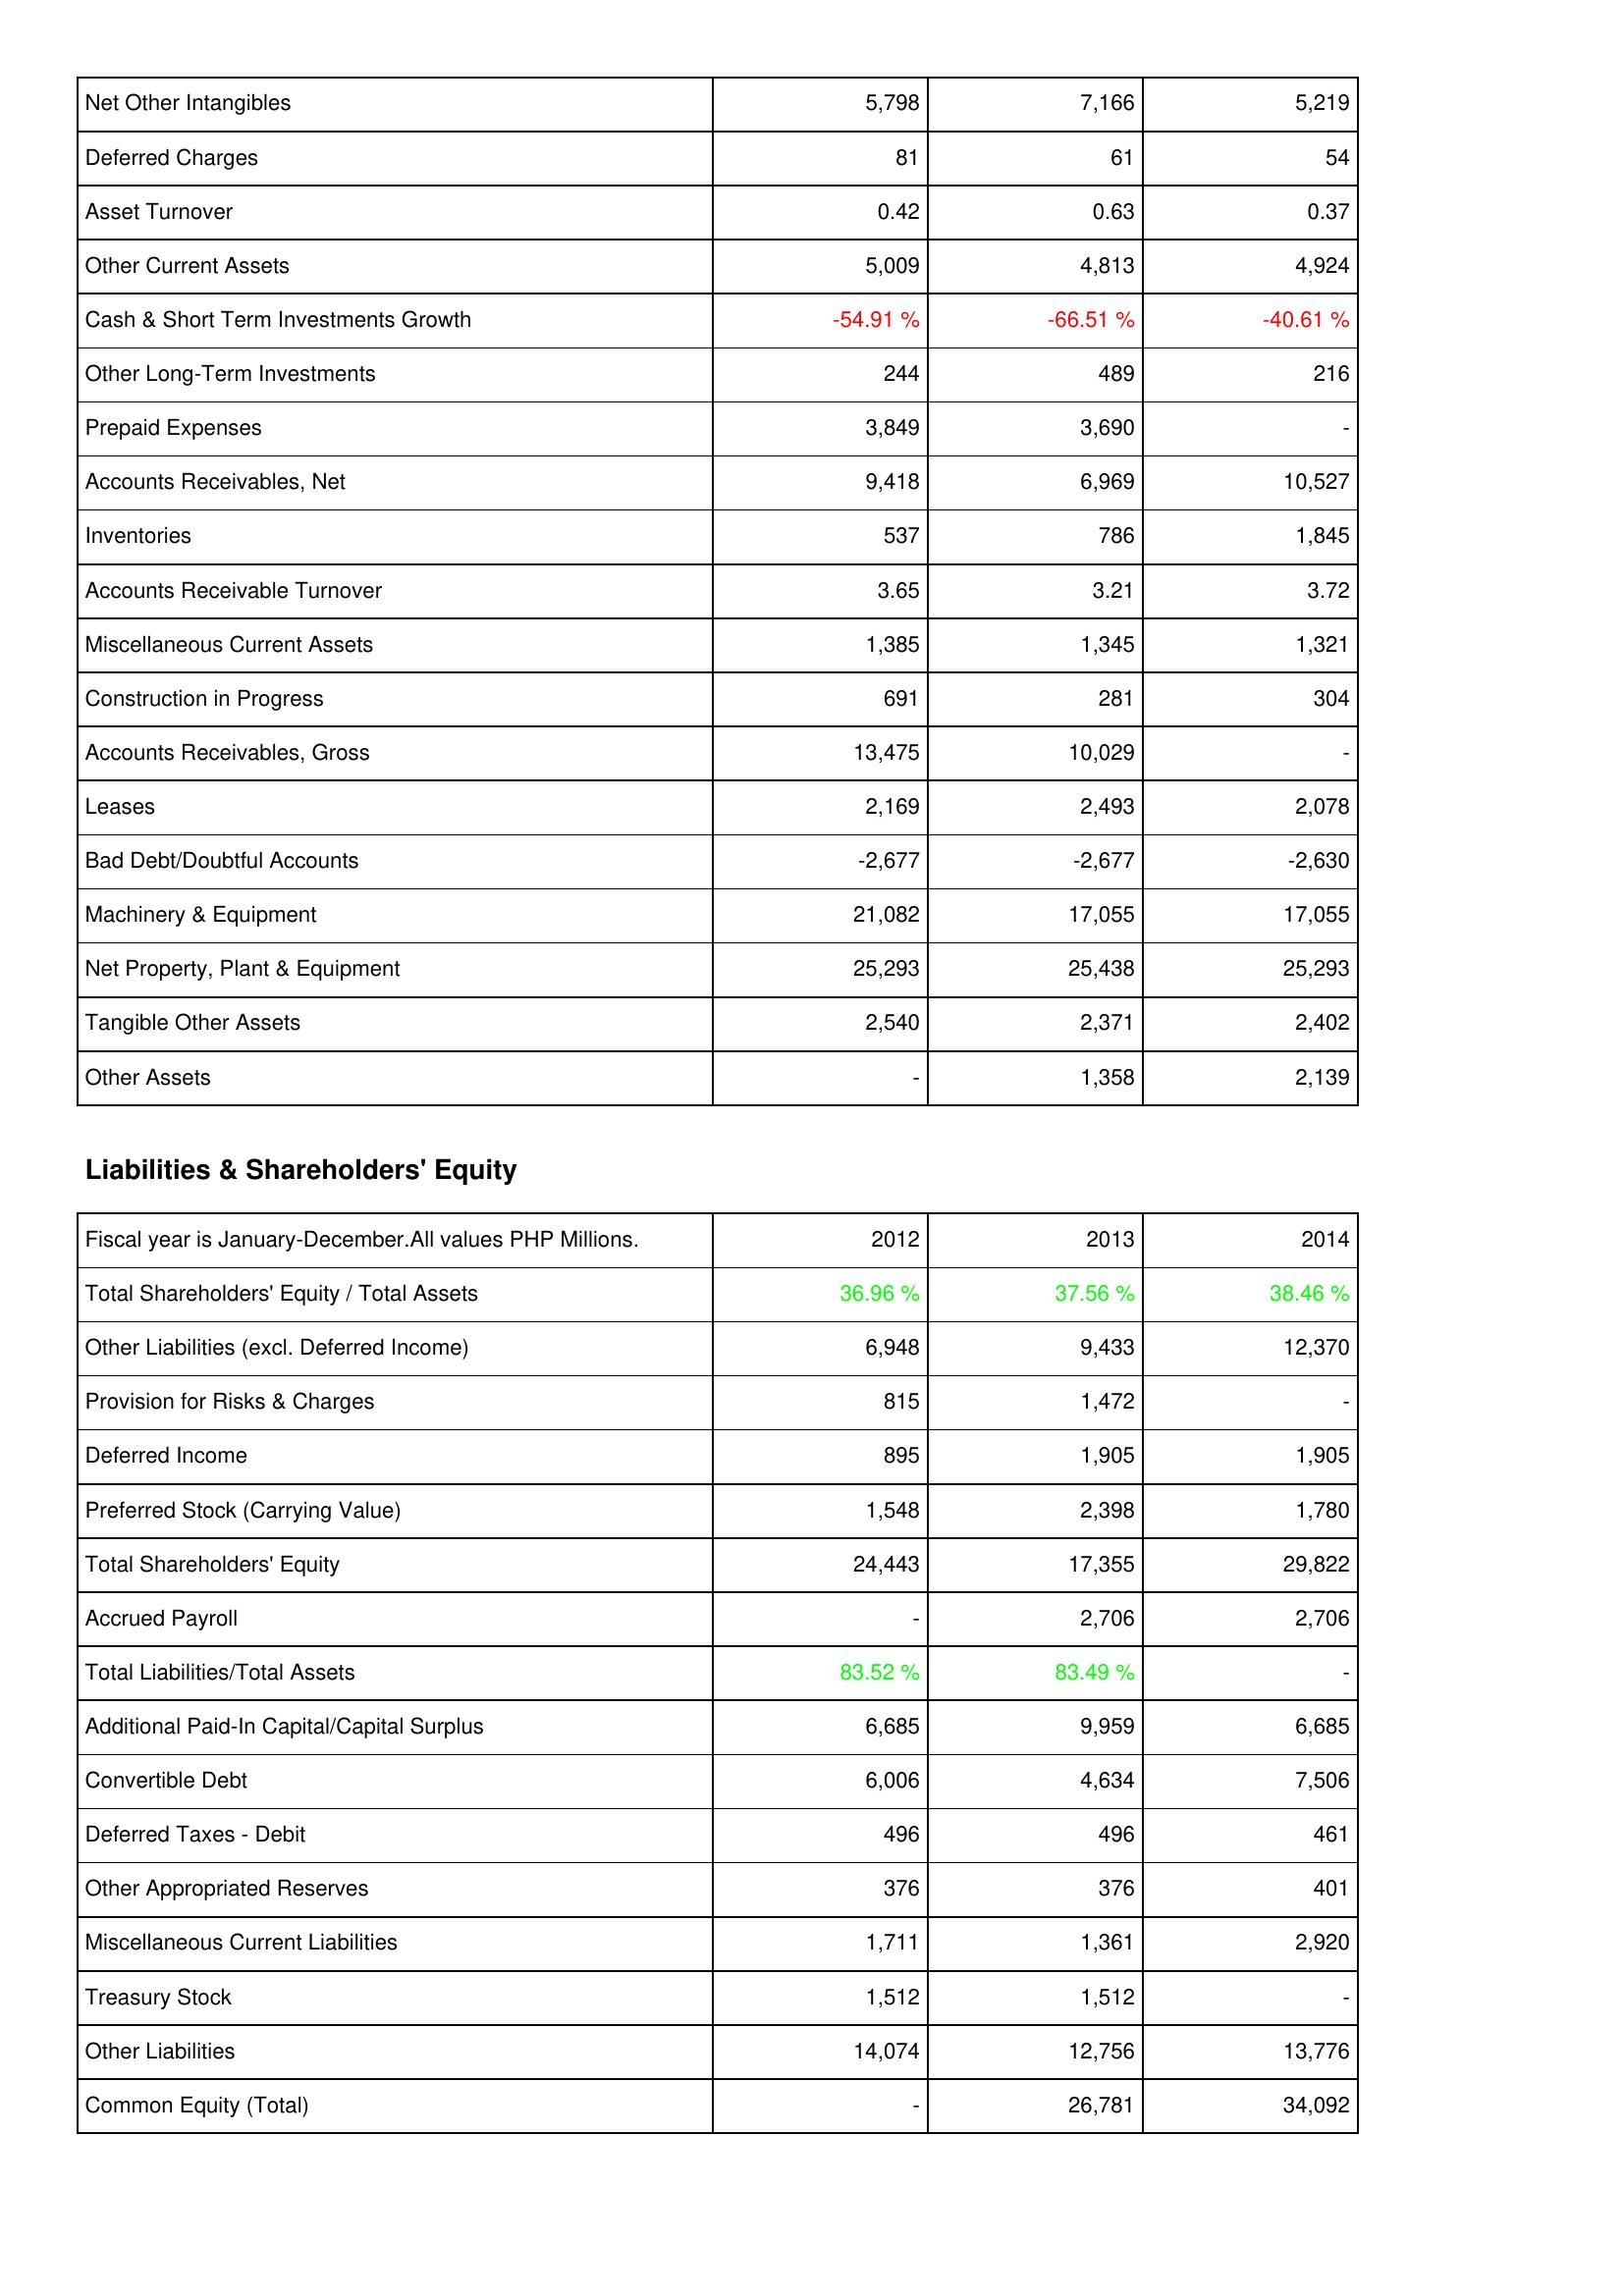
2012: Assets: Net Other Intangibles: 5,798
Deferred Charges: 81
Asset Turnover: 0.42
Other Current Assets: 5,009
Cash & Short Term Investments Growth: -54.91 %
Other Long-Term Investments: 244
Prepaid Expenses: 3,849
Accounts Receivables, Net: 9,418
Inventories: 537
Accounts Receivable Turnover: 3.65
Miscellaneous Current Assets: 1,385
Construction in Progress: 691
Accounts Receivables, Gross: 13,475
Leases: 2,169
Bad Debt/Doubtful Accounts: -2,677
Machinery & Equipment: 21,082
Net Property, Plant & Equipment: 25,293
Tangible Other Assets: 2,540
Other Assets: -
Liabilities & Shareholders' Equity: Total Shareholders' Equity / Total Assets: 36.96 %
Other Liabilities (excl. Deferred Income): 6,948
Provision for Risks & Charges: 815
Deferred Income: 895
Preferred Stock (Carrying Value): 1,548
Total Shareholders' Equity: 24,443
Accrued Payroll: -
Total Liabilities/Total Assets: 83.52 %
Additional Paid-In Capital/Capital Surplus: 6,685
Convertible Debt: 6,006
Deferred Taxes - Debit: 496
Other Appropriated Reserves: 376
Miscellaneous Current Liabilities: 1,711
Treasury Stock: 1,512
Other Liabilities: 14,074
Common Equity (Total): -
2013: Assets: Net Other Intangibles: 7,166
Deferred Charges: 61
Asset Turnover: 0.63
Other Current Assets: 4,813
Cash & Short Term Investments Growth: -66.51 %
Other Long-Term Investments: 489
Prepaid Expenses: 3,690
Accounts Receivables, Net: 6,969
Inventories: 786
Accounts Receivable Turnover: 3.21
Miscellaneous Current Assets: 1,345
Construction in Progress: 281
Accounts Receivables, Gross: 10,029
Leases: 2,493
Bad Debt/Doubtful Accounts: -2,677
Machinery & Equipment: 17,055
Net Property, Plant & Equipment: 25,438
Tangible Other Assets: 2,371
Other Assets: 1,358
Liabilities & Shareholders' Equity: Total Shareholders' Equity / Total Assets: 37.56 %
Other Liabilities (excl. Deferred Income): 9,433
Provision for Risks & Charges: 1,472
Deferred Income: 1,905
Preferred Stock (Carrying Value): 2,398
Total Shareholders' Equity: 17,355
Accrued Payroll: 2,706
Total Liabilities/Total Assets: 83.49 %
Additional Paid-In Capital/Capital Surplus: 9,959
Convertible Debt: 4,634
Deferred Taxes - Debit: 496
Other Appropriated Reserves: 376
Miscellaneous Current Liabilities: 1,361
Treasury Stock: 1,512
Other Liabilities: 12,756
Common Equity (Total): 26,781
2014: Assets: Net Other Intangibles: 5,219
Deferred Charges: 54
Asset Turnover: 0.37
Other Current Assets: 4,924
Cash & Short Term Investments Growth: -40.61 %
Other Long-Term Investments: 216
Prepaid Expenses: -
Accounts Receivables, Net: 10,527
Inventories: 1,845
Accounts Receivable Turnover: 3.72
Miscellaneous Current Assets: 1,321
Construction in Progress: 304
Accounts Receivables, Gross: -
Leases: 2,078
Bad Debt/Doubtful Accounts: -2,630
Machinery & Equipment: 17,055
Net Property, Plant & Equipment: 25,293
Tangible Other Assets: 2,402
Other Assets: 2,139
Liabilities & Shareholders' Equity: Total Shareholders' Equity / Total Assets: 38.46 %
Other Liabilities (excl. Deferred Income): 12,370
Provision for Risks & Charges: -
Deferred Income: 1,905
Preferred Stock (Carrying Value): 1,780
Total Shareholders' Equity: 29,822
Accrued Payroll: 2,706
Total Liabilities/Total Assets: -
Additional Paid-In Capital/Capital Surplus: 6,685
Convertible Debt: 7,506
Deferred Taxes - Debit: 461
Other Appropriated Reserves: 401
Miscellaneous Current Liabilities: 2,920
Treasury Stock: -
Other Liabilities: 13,776
Common Equity (Total): 34,092